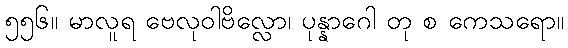
၅၅၆။ မာလူရ ဗေလုဝါဗိလ္လော၊ ပုန္နာဂေါ တု စ ကေသရော။